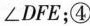
\angle DFE；④